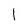
Character: l